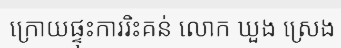
ក្រោយផ្ទុះការរិះគន់ លោក ឃួង ស្រេង